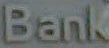
Bank